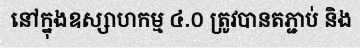
នៅក្នុងឧស្សាហកម្ម ៤.០ ត្រូវបានតភ្ជាប់ និង